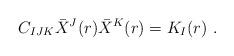
LaTeX: \begin{align*}C_{IJK}\bar X^J(r)\bar X^K(r) = K_I(r) \ . \end{align*}